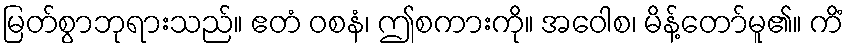
မြတ်စွာဘုရားသည်။ ဧတံ ဝစနံ၊ ဤစကားကို။ အဝေါစ၊ မိန့်တော်မူ၏။ ကိံ